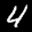
Label: 4